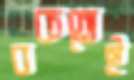
বকতেই